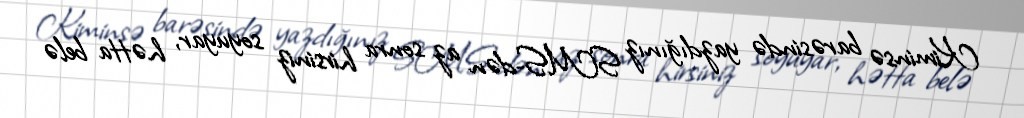
Kiminsə barəsində yazdığınız SMS-dən az sonra hirsiniz soyuyar, hətta belə